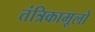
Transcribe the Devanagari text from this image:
तंत्रिकामूलों